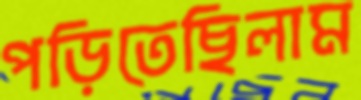
পড়িতেছিলাম